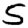
Digit: 5